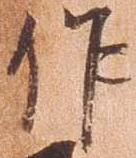
作